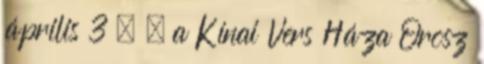
április 3 詩 – a Kínai Vers Háza Orosz